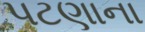
પટણાના